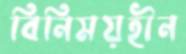
বিনিময়হীন